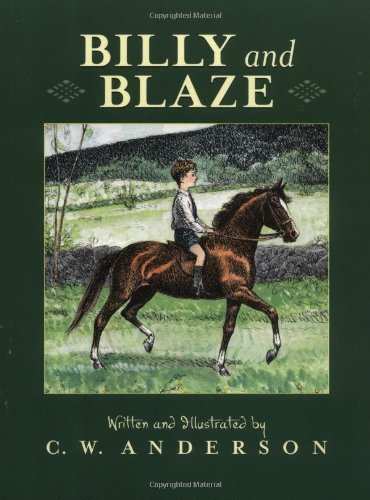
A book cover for Billy And Blaze; C.W. Anderson; Children's Books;